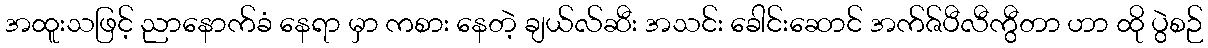
အထူးသဖြင့် ညာနောက်ခံ နေရာ မှာ ကစား နေတဲ့ ချယ်လ်ဆီး အသင်း ခေါင်းဆောင် အက်ဇ်ပီလီကွီတာ ဟာ ထို ပွဲစဉ်